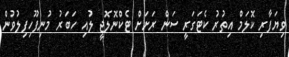
ވިޔަފާރި ކޮލަމް އިތުރު ކެޓަގަރީ ސަން ރަށަށް ޓެކްނޮލޮޖީ ލުއި ހަބަރު މުނިފޫހިފިލުވުން